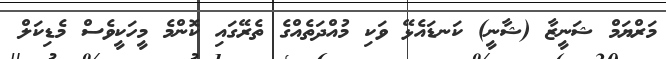
މަރްޔަމް ޝަނީޒާ (ޝާނީ) ކަނޑައެޅޭ ވަކި މުއްދަތެއްގެ ތެރޭގައި ކޮންމެ މީހަކީވެސް މެޑިކަލް